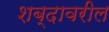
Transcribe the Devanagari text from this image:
शब्दावरील